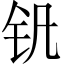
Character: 钒